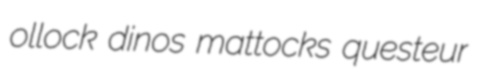
ollock dinos mattocks questeur